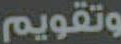
وتقويم